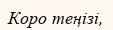
Коро теңізі,